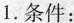
1.条件：